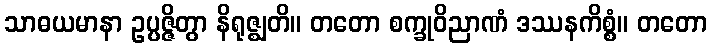
သာဓယမာနာ ဥပ္ပဇ္ဇိတွာ နိရုဇ္ဈတိ။ တတော စက္ခုဝိညာဏံ ဒဿနကိစ္စံ။ တတော